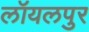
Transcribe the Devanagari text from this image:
लॉयलपुर